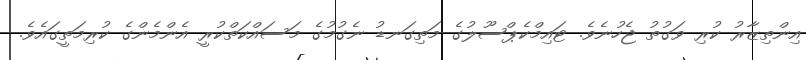
އިންތިޒާރު ކުރި ވަގުތު ޖެހުނެވެ. ޓައިމްކެޕްސޫލުގެ މަތިގަނޑު ނެގުމުގެ މަސައްކަތްކުރީ އެންމެންގެ ކުރިމަތީގައެވެ.